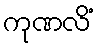
ကုဏလိံ